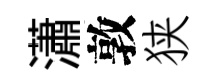
瀟敦狭